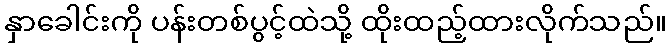
နှာခေါင်းကို ပန်းတစ်ပွင့်ထဲသို့ ထိုးထည့်ထားလိုက်သည်။